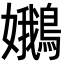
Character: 𡤝